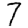
Digit: 7